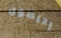
إديسون